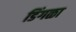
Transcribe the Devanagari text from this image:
डिंगळा